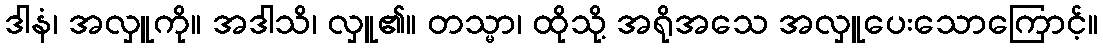
ဒါနံ၊ အလှူကို။ အဒါသိ၊ လှူ၏။ တသ္မာ၊ ထိုသို့ အရိုအသေ အလှူပေးသောကြောင့်။